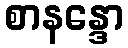
စာနန္ဒော